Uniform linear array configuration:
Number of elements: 24
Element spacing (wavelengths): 0.75
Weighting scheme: uniform
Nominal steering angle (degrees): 0
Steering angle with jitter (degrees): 0.06969
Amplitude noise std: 0.05
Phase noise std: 0.05

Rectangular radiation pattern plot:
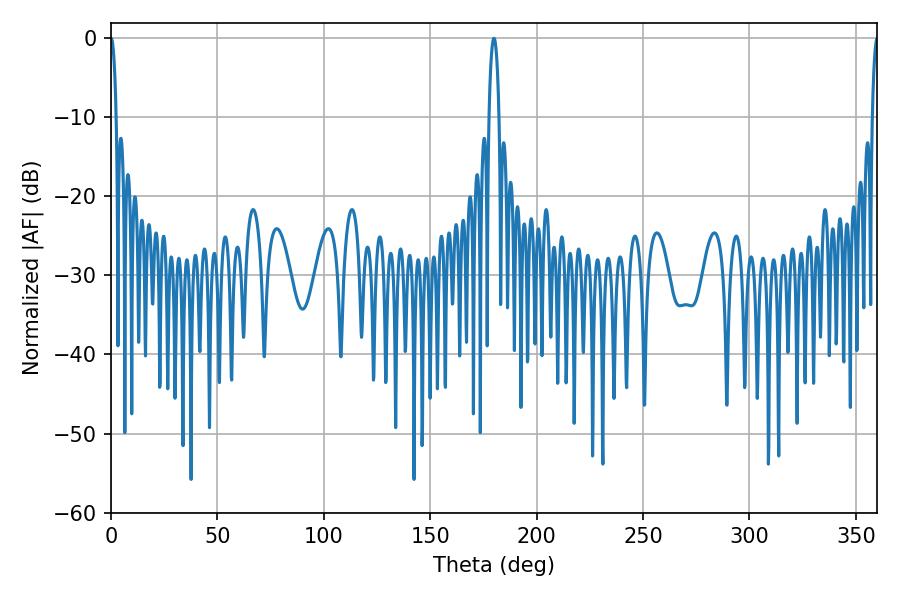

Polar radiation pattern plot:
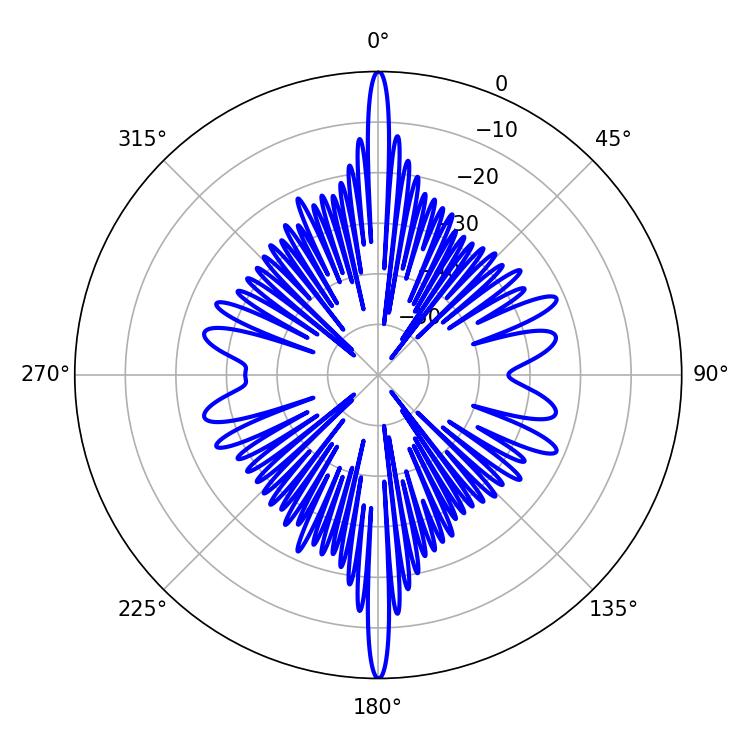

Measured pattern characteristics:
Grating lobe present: TRUE
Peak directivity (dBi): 33.067
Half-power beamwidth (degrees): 1.44
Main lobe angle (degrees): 0